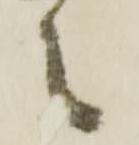
之